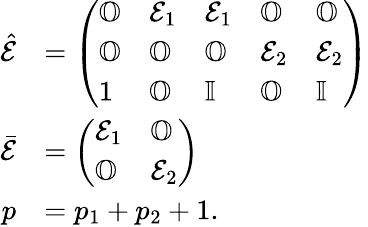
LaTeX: \begin{array}{rl}{\hat{\mathcal{E}}}&{=\left(\begin{array}{lllll}{\mathbb{O}}&{\mathcal{E}_{1}}&{\mathcal{E}_{1}}&{\mathbb{O}}&{\mathbb{O}}\\ {\mathbb{O}}&{\mathbb{O}}&{\mathbb{O}}&{\mathcal{E}_{2}}&{\mathcal{E}_{2}}\\ {1}&{\mathbb{O}}&{\mathbb{I}}&{\mathbb{O}}&{\mathbb{I}}\end{array}\right)}\\ {\bar{\mathcal{E}}}&{=\left(\begin{array}{ll}{\mathcal{E}_{1}}&{\mathbb{O}}\\ {\mathbb{O}}&{\mathcal{E}_{2}}\end{array}\right)}\\ {p}&{=p_{1}+p_{2}+1.}\end{array}